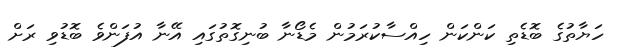
ހަޔާތުގެ ބޮޑެތި ކަންކަން ހިއްސާކުރަމުން މެޑޯނާ ބުނިގޮތުގައި އޭނާ އުފަންވެ ބޮޑުވި ރަށް